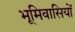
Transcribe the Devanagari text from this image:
भूमिवासियों